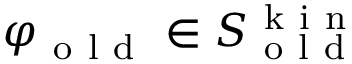
\varphi _ { \mathrm { ~ o ~ l ~ d ~ } } \in S _ { \mathrm { ~ o ~ l ~ d ~ } } ^ { \mathrm { ~ k ~ i ~ n ~ } }